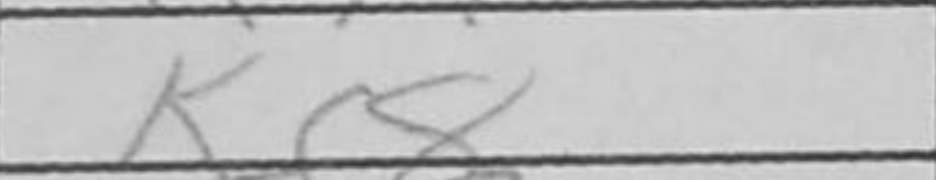
Transcription: Kf8